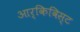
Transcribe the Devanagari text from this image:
आर्किविस्ट